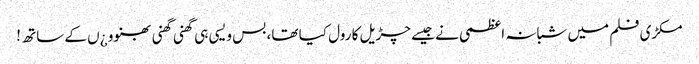
مکڑی فلم میں شبانہ اعظمی نے جیسے چڑیل کا رول کیا تھا، بس ویسی ہی گھنی گھنی بھنوو ¿ں کے ساتھ !